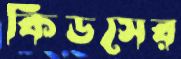
কিডসের